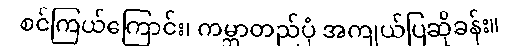
စင်ကြယ်ကြောင်း၊ ကမ္ဘာတည်ပုံ အကျယ်ပြဆိုခန်း။